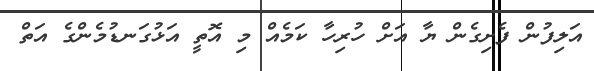
އަލިފުން ފެށިގެން ޔާ އަށް ހުރިހާ ކަމެއް މި އޮތީ އަޅުގަނޑުމެންގެ އަތް